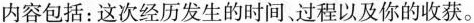
内容包括：这次经历发生的时间。过程以及你的收获。